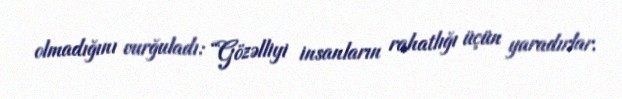
olmadığını vurğuladı: “Gözəlliyi insanların rahatlığı üçün yaradırlar.